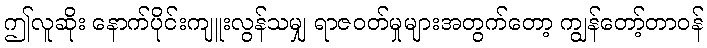
ဤလူဆိုး နောက်ပိုင်းကျူးလွန်သမျှ ရာဇဝတ်မှုများအတွက်တော့ ကျွန်တော့်တာဝန်